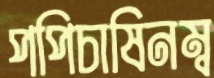
পপিচাষিনম্ব